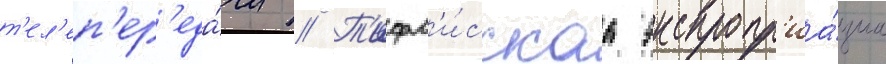
т'ел'еп'ер'еда́чи // Т'ифл'и́сскаа экспропр'иа́циа